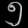
Digit: ၅